Advisory Committee for Juvenile Employment, 1930
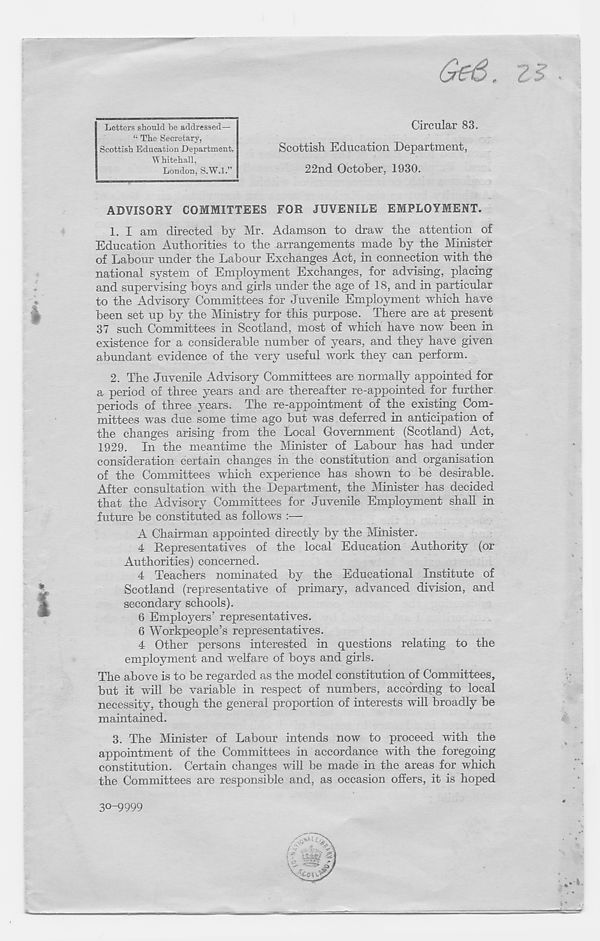
“ The Secretary,
Scottish Education Department,
W hitehall.
London, S.W.l.”
Letters should be addressed—
Circular 83.
Scottish Education Department,
22nd October, 1930.
ADVISORY COMMITTEES FOR JUVENILE EMPLOYMENT.
1. I am directed by Mr. Adamson to draw the attention of
Education Authorities to the arrangements made by the Minister
of Labour under the Labour Exchanges Act, in connection with the
national system of Employment Exchanges, for advising, placing
and supervising boys and girls under the age of 18, and in particular
to the Advisory Committees for Juvenile Employment which have
been set up by the Ministry for this purpose. There are at present
37 such Committees in Scotland, most of which have now been in
existence for a considerable number of years, and they have given
abundant evidence of the very useful work they can perform.
2. The Juvenile Advisory Committees are normally appointed for
a period of three years and are thereafter re-appointed for further
periods of three years. The re-appointment of the existing Com-
mittees was due some time ago but was deferred in anticipation of
the changes arising from the Local Government (Scotland) Act,
1929. In the meantime the Minister of Labour has had under
consideration certain changes in the constitution and organisation
of the Committees which experience has shown to be desirable.
After consultation with the Department, the Minister has decided
that the Advisory Committees for Juvenile Employment shall in
future be constituted as follows :—
A Chairman appointed directly by the Minister.
4 Representatives of the local Education Authority (or
Authorities) concerned.
4 Teachers nominated by the Educational Institute of
Scotland (representative of primary, advanced division, and
secondary schools).
6 Employers’ representatives.
6 Workpeople’s representatives.
4 Other persons interested in questions relating to the
employment and welfare of boys and girls.
The above is to be regarded as the model constitution of Committees,
but it will be variable in respect of numbers, according to local
necessity, though the general proportion of interests will broadly be
maintained.
3. The Minister of Labour intends now to proceed with the
appointment of the Committees in accordance with the foregoing
constitution. Certain changes will be made in the areas for which
the Committees are responsible and, as occasion offers, it is hoped
30-9999